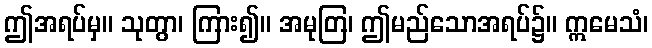
ဤအရပ်မှ။ သုတွာ၊ ကြား၍။ အမုတြ၊ ဤမည်သောအရပ်၌။ ဣမေသံ၊